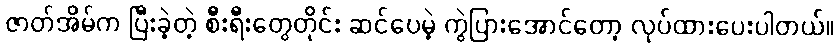
ဇာတ်အိမ်က ပြီးခဲ့တဲ့ စီးရီးတွေတိုင်း ဆင်ပေမဲ့ ကွဲပြားအောင်တော့ လုပ်ထားပေးပါတယ်။